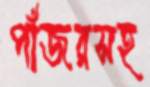
পাঁজরসহ